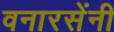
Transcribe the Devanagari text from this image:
वनारसेंनी